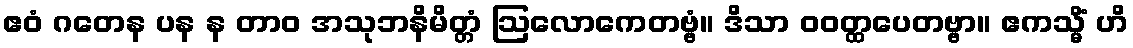
ဧဝံ ဂတေန ပန န တာဝ အသုဘနိမိတ္တံ ဩလောကေတဗ္ဗံ။ ဒိသာ ဝဝတ္ထပေတဗ္ဗာ။ ဧကသ္မိံ ဟိ